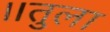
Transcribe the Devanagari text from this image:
॥तुला